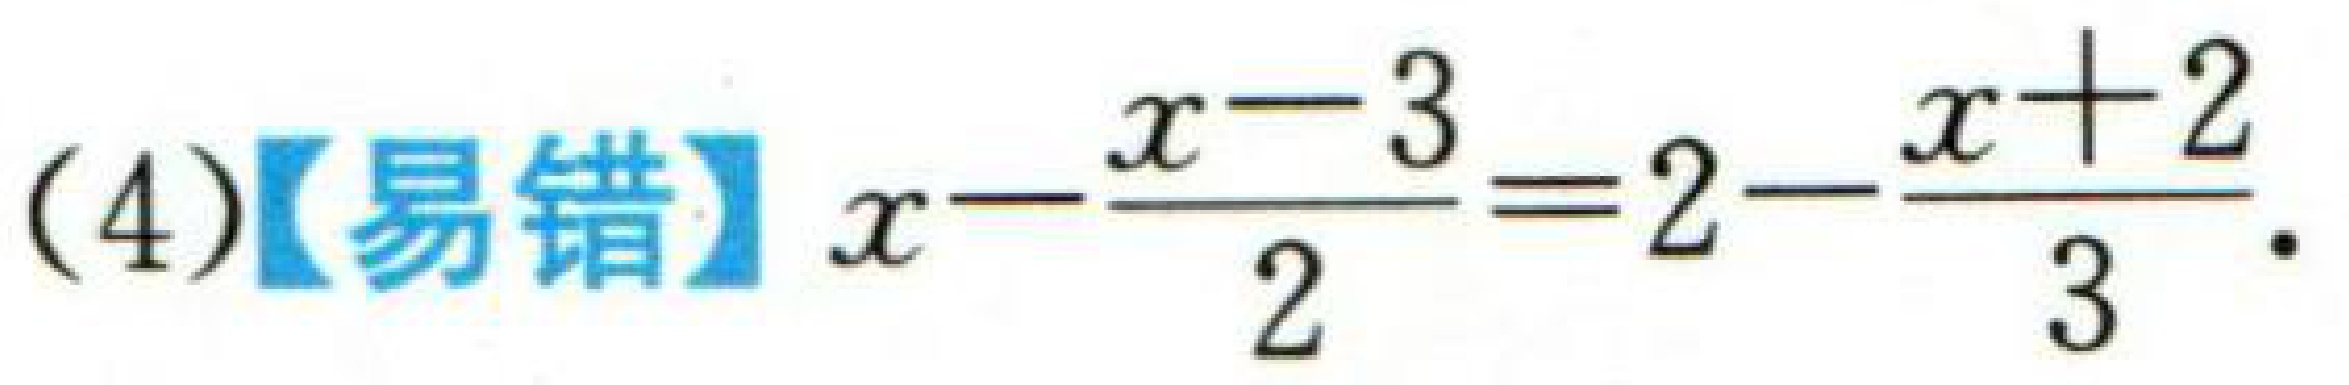
(4)【易错】$x - \frac{x - 3}{2} = 2 - \frac{x + 2}{3}$.